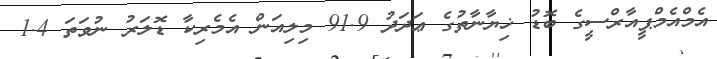
އެމްއެމްޕީއާރްސީގެ ބޮޑު ޚިޔާނާތުގެ ޢަދަދު 91.9 މިލިއަން އެމެރިކާ ޑޮލަރު ނުވަތަ 1.4